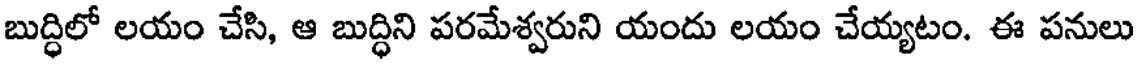
బుద్ధిలో లయం చేసి, ఆ బుద్ధిని పరమేశ్వరుని యందు లయం చేయ్యటం. ఈ పనులు